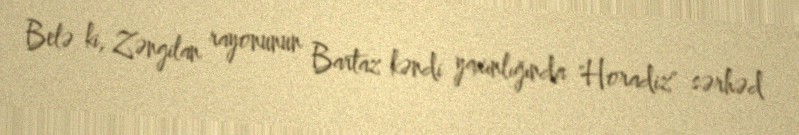
Belə ki, Zəngilan rayonunun Bartaz kəndi yaxınlığında "Horadiz" sərhəd